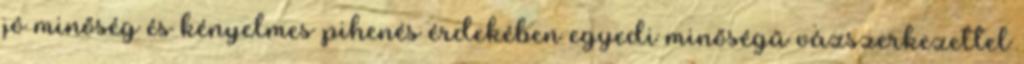
jó minőség és kényelmes pihenés érdekében egyedi minőségű vázszerkezettel